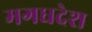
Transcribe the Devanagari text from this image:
मगधदेश